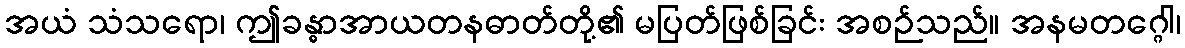
အယံ သံသရော၊ ဤခန္ဓာအာယတနဓာတ်တို့၏ မပြတ်ဖြစ်ခြင်း အစဉ်သည်။ အနမတဂ္ဂေါ၊